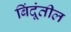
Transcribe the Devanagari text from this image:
बिंदूंतील